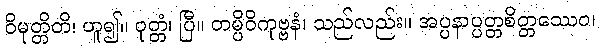
ဝိမုတ္တိတိ၊ ဟူ၍။ ဝုတ္တံ၊ ပြီ။ တမ္ပိဝိကုဗ္ဗနံ၊ သည်လည်း။ အပ္ပနာပ္ပတ္တစိတ္တဿေဝ၊